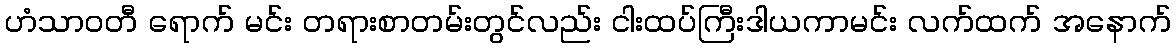
ဟံသာဝတီ ရောက် မင်း တရားစာတမ်းတွင်လည်း ငါးထပ်ကြီးဒါယကာမင်း လက်ထက် အနောက်